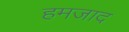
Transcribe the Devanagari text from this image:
हमजाद